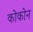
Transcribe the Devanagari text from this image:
कोकोन